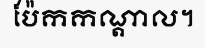
ប៉ែកកណ្តាល។